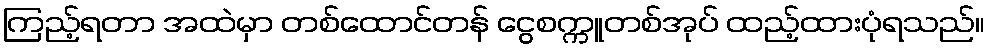
ကြည့်ရတာ အထဲမှာ တစ်ထောင်တန် ငွေစက္ကူတစ်အုပ် ထည့်ထားပုံရသည်။